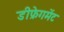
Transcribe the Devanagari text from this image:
डीफ्रेगमेंट